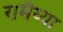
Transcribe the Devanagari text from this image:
रामैय्या